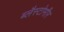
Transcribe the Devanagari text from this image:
ब्लैस्टोमीर